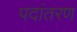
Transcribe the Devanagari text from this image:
पदांतरण